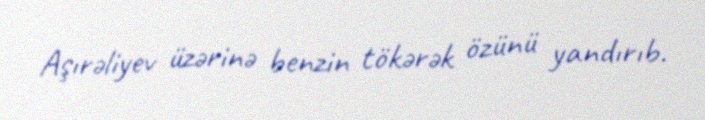
Aşırəliyev üzərinə benzin tökərək özünü yandırıb.